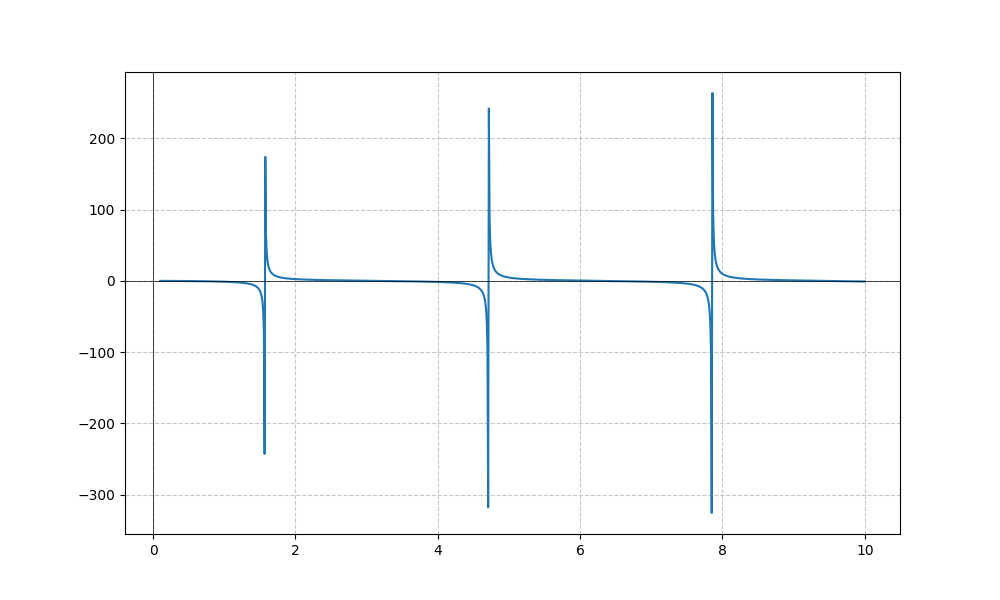
LaTeX formula: - \tan{\left(x \right)} \operatorname{atan}{\left(x \right)}